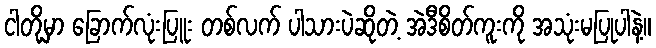
ငါတို့မှာ ခြောက်လုံးပြူး တစ်လက် ပါသားပဲဆိုတဲ့ အဲဒီစိတ်ကူးကို အသုံးမပြုပါနဲ့။